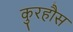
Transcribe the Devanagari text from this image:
कुरहौस